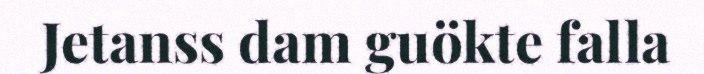
Jetanss dam guökte falla